Tartu_Linna_ja_Maakonna_Kaitseliit, lk 5
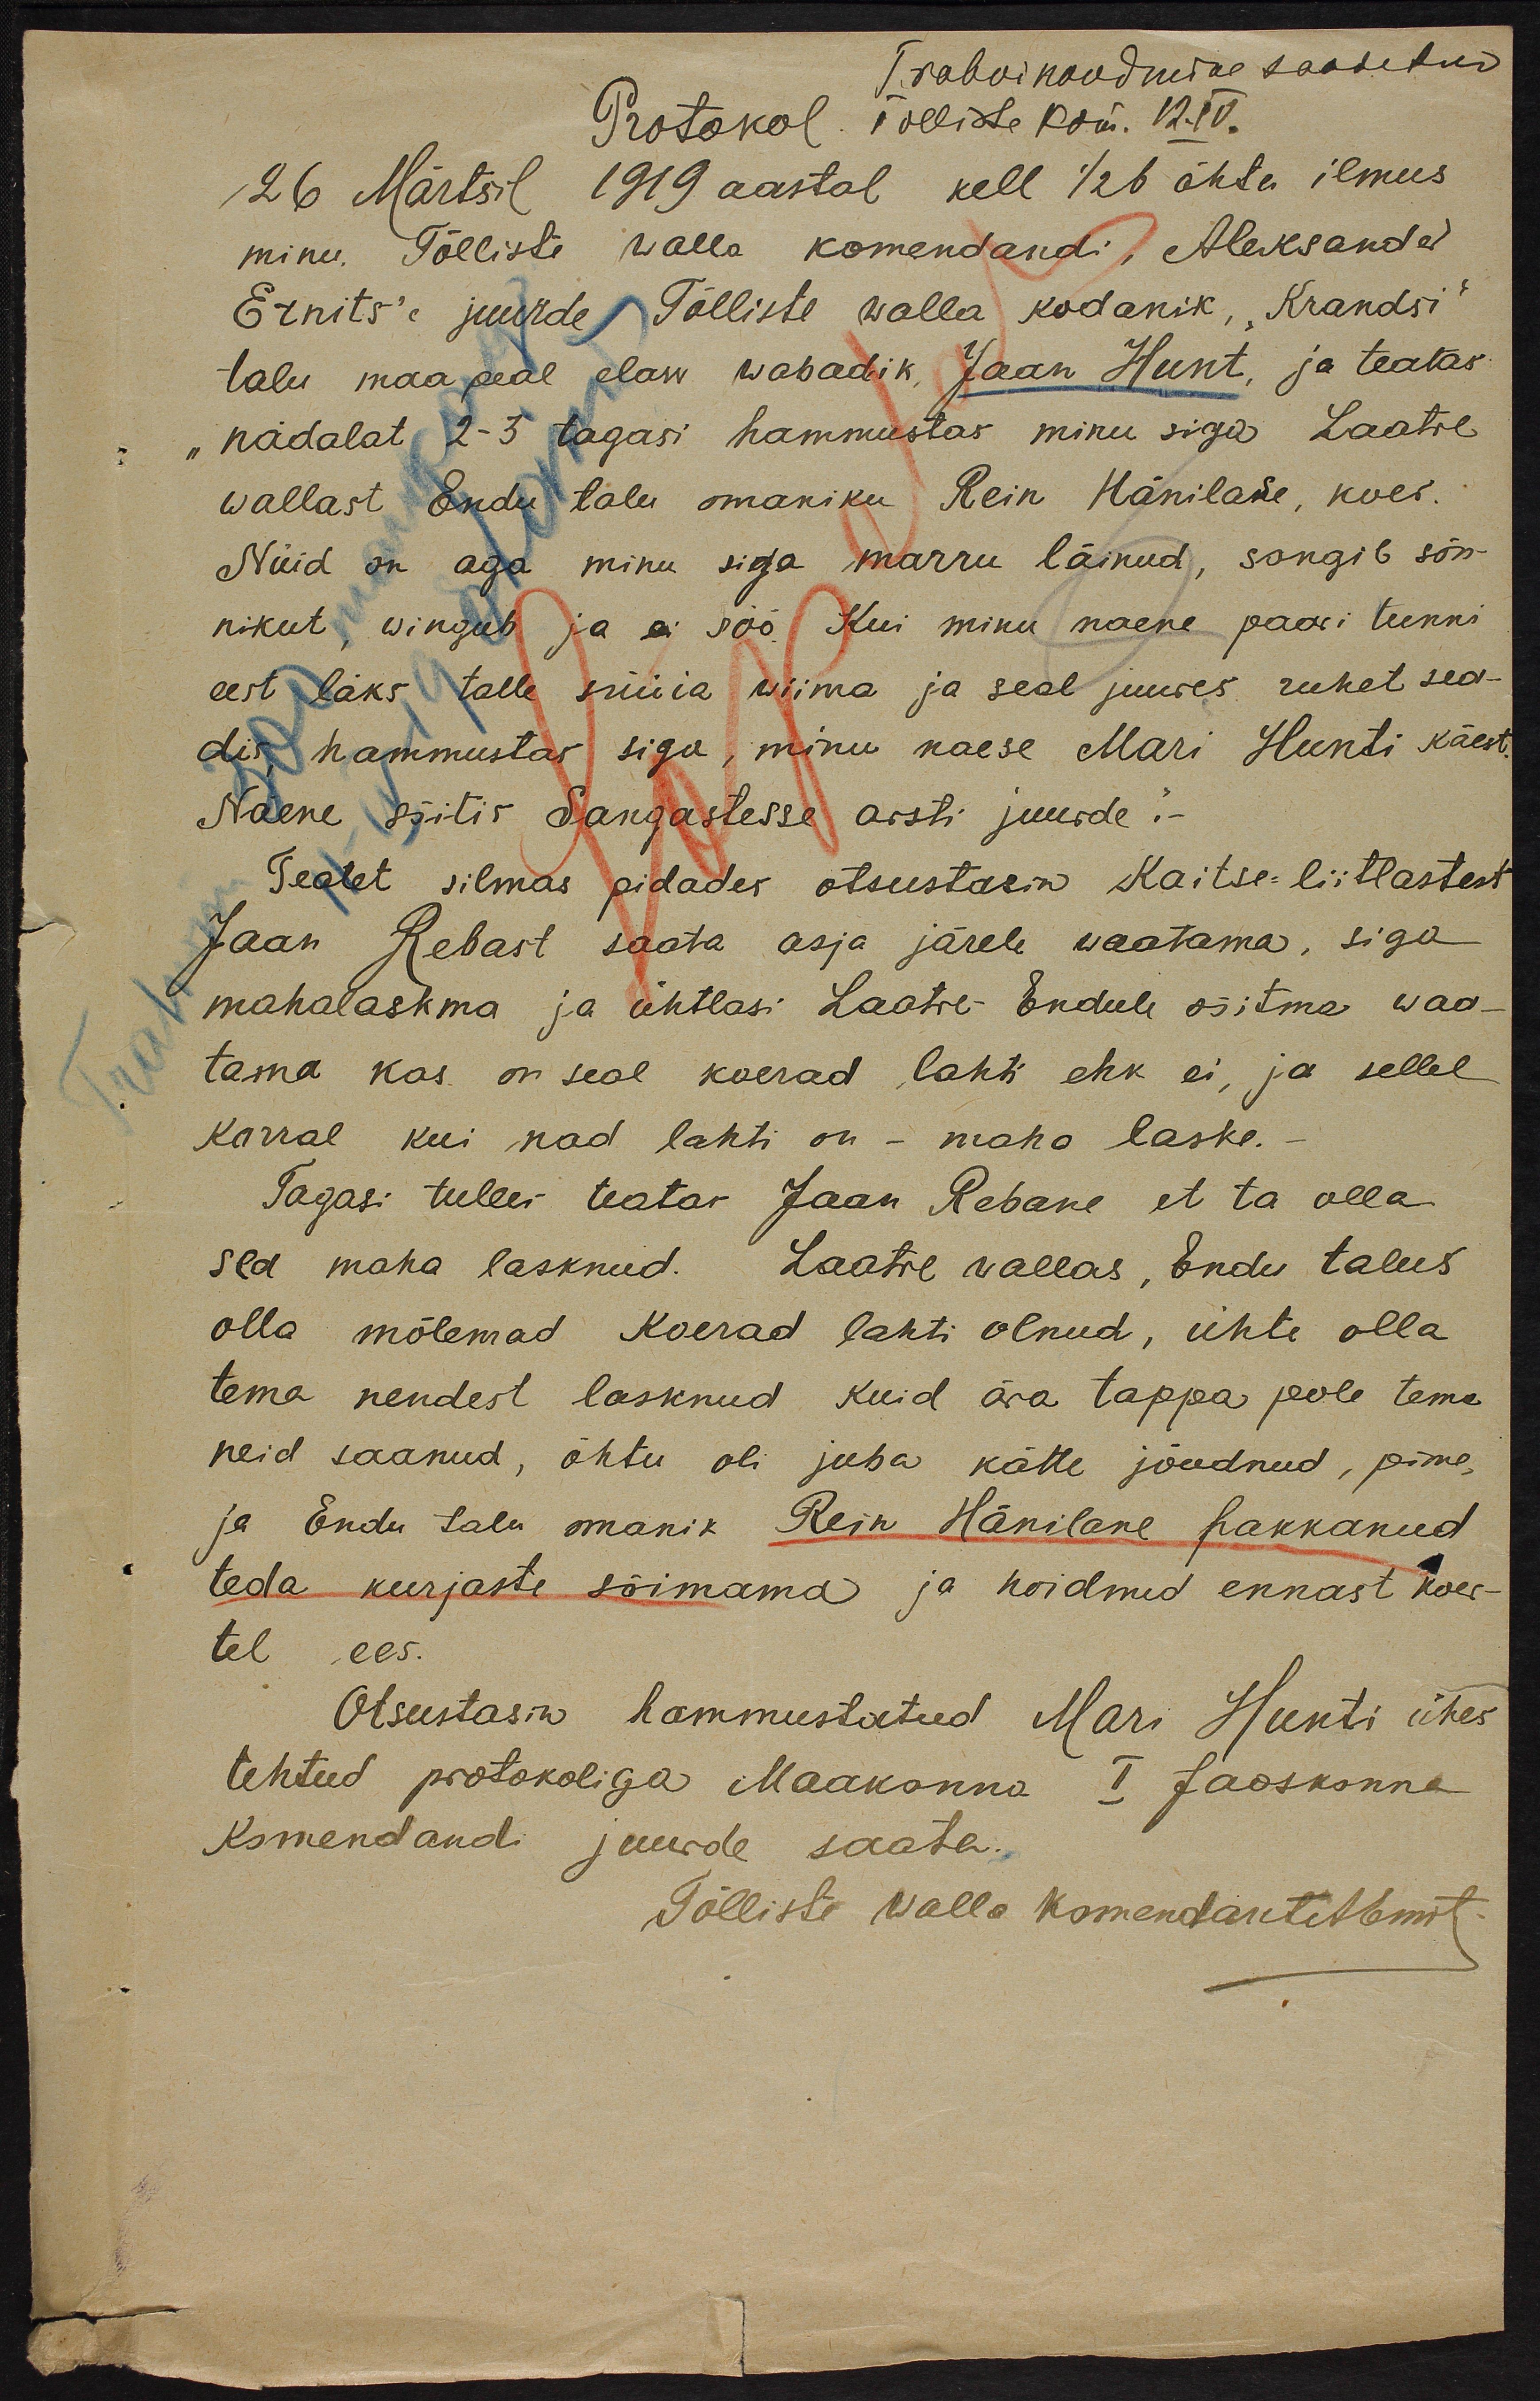
Trahvinoudmine saadetud
Protokol. Tolliste kom. 12. IV
26 Märtsil 1919 aastal kell 1/2 6 õhtu ilmus
minu. Tõlliste walla komandandi, Aleksander
Ernits'e juurde Tõlliste walla kodanik, "Krandsi"
talu maa peal elan wabadik Jaan Hunt, ja teatas
"nädalat 2-3 tagasi hammustas minu siga Laatre
wallast Endu talu omaniku Rein Hänilase, koer.
Nüid on aga minu siga marru läinud, songib sõn-
nikut, wingub ja ei söö. Kui minu naene paari tunni
eest läks talle süüia wiima ja seal juures ruket sea-
dis hammustas siga, minu naese Mari Hunti käest,
Naene sõitis Sangastesse arsti juurde.
Teatet silmas pidades otsustasin Kaitse-liitlastest
Jaan Rebast saata asja järele waatama, siga
mahalaskma ja ühtlasi Laatre Endule sõitma waa-
tama kas on seal koerad lahti ehk ei, ja sellel
korral kui nad lahti on - maha laske.
Tagasi tulles teatas Jaan Rebane et ta olla
sea maha lasknud. Laatre vallas, Endu talus
olla mõlemad koerad lahti olnud, ühte olla
tema nendest lasknud kuid ära tappa pole tema
neid saanud, õhtu oli juba kätte jõudnud, pime,
ja Endu talu omanik Rein Hänilane hakkanud
teda kurjaste sõimama ja hoidnud ennast koer-
tel ees.
Otsustasin hammustatud Mari Hunti ühes
tehtud protokoliga Maakonna I Jaoskonna
Komendandi juurde saata.
Tõlliste walla komandant A. Ernits